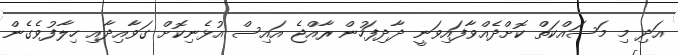
އަދި މި މަސައްކަތް ކޮށްދެއްވާފައިވަނީ ދާދިފަހުން ރާއްޖެ އައިސް އުޅެނިކޮށް ގަވާއިދާއި ހިލާފުވެގެން